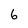
Character: 6